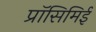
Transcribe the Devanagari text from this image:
प्रॉसिमिई